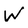
Character: W